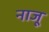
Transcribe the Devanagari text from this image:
नाजू